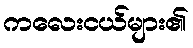
ကလေးငယ်များ၏